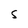
Character: S